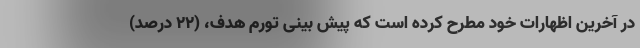
در آخرین اظهارات خود مطرح کرده است که پیش بینی تورم هدف، (۲۲ درصد)